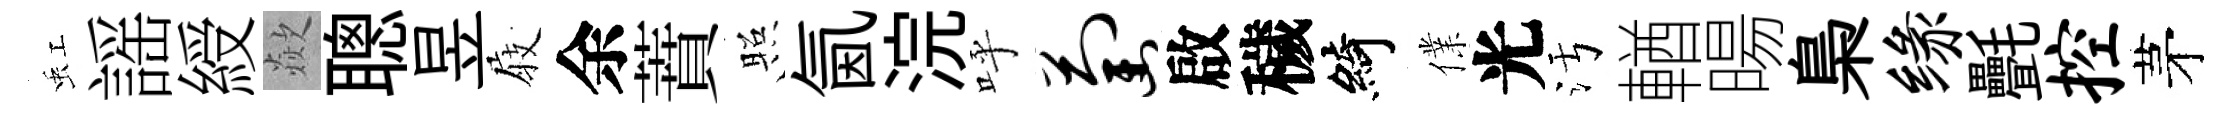
虹謡綬歘聰昱𡲆余蕡照氤浣呼萄啟穢綺㒒光污輶暘梟缘㲲控茅